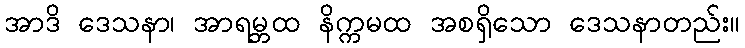
အာဒိ ဒေသနာ၊ အာရမ္ဘထ နိက္ကမထ အစရှိသော ဒေသနာတည်း။